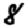
Digit: 8